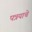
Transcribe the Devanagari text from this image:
पत्रयाचे